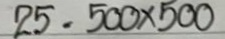
25 = 500 x 500